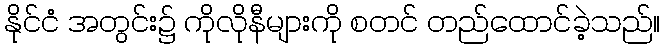
နိုင်ငံ အတွင်း၌ ကိုလိုနီများကို စတင် တည်ထောင်ခဲ့သည်။